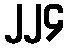
၂၂၄